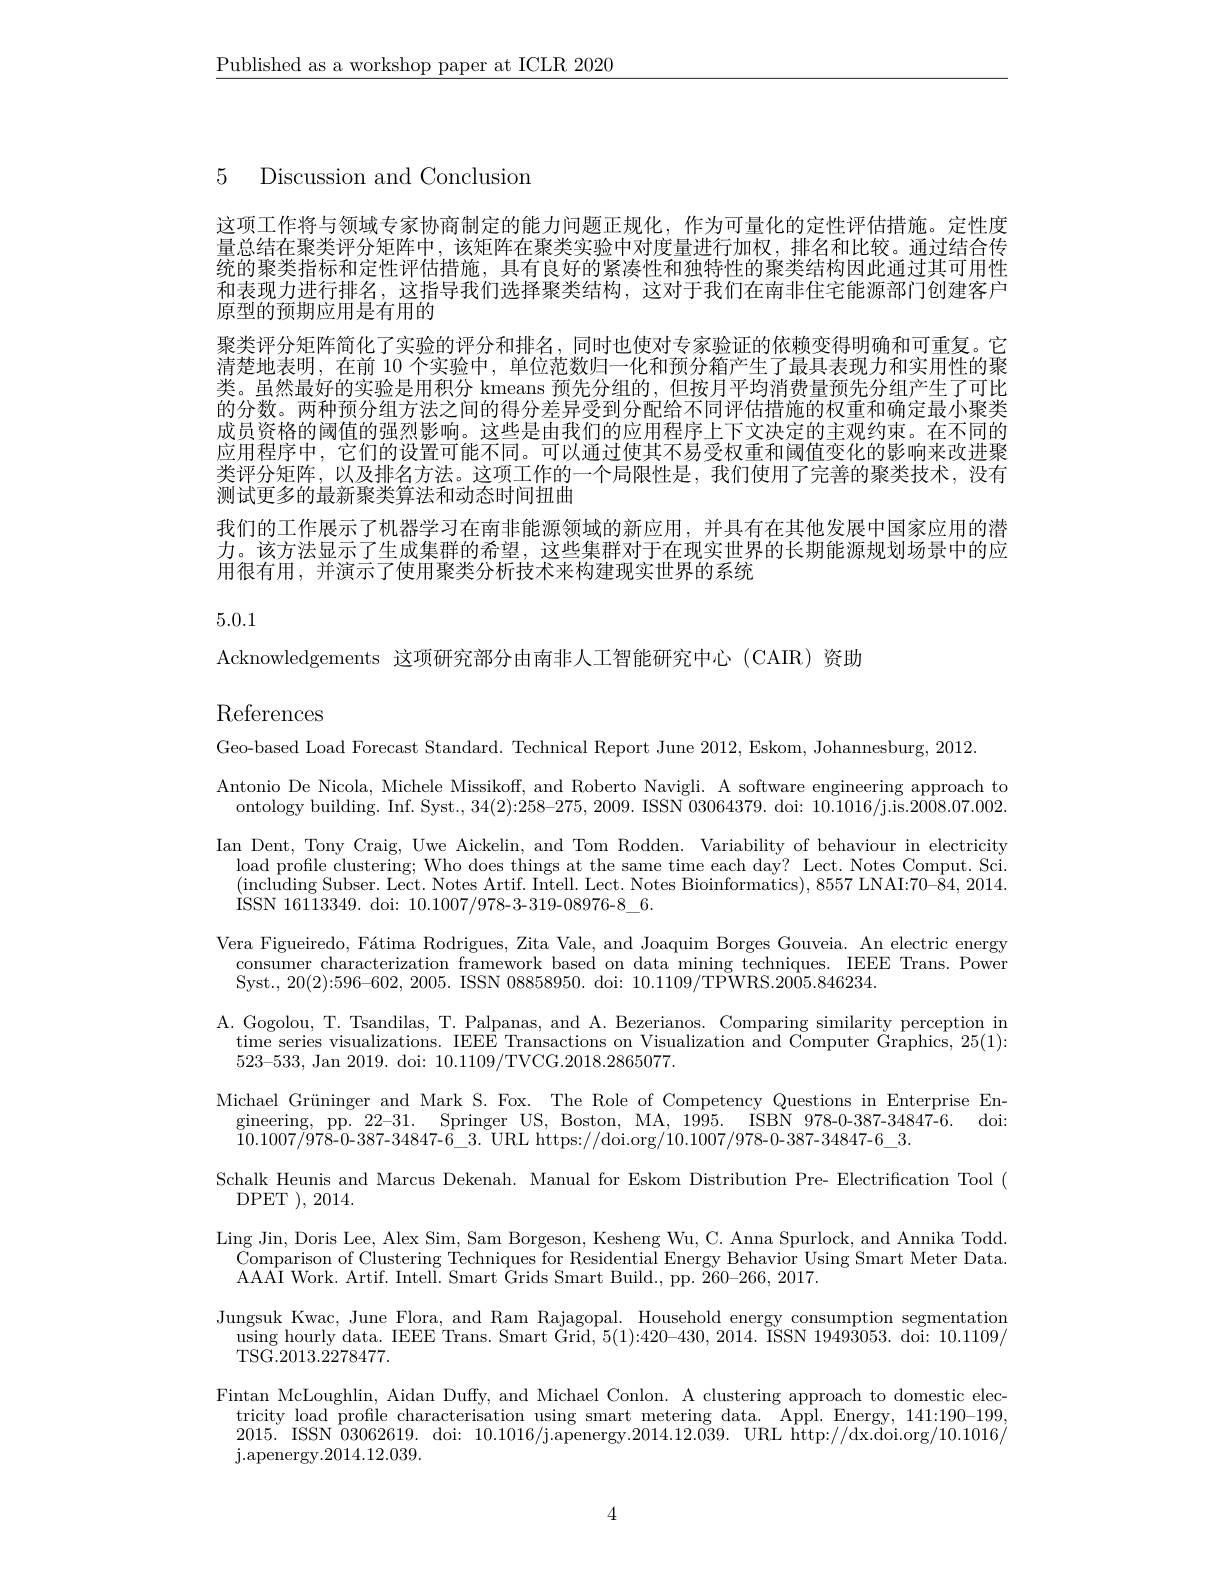
$\underline{\text{Published as a workshop paper at ICLR 2020}}$

5 Discussion and Conclusion

这项工作将与领域专家协商制定的能力问题正规化，作为可量化的定性评估措施。定性度量总结在聚类评分矩阵中，该矩阵在聚类实验中对度量进行加权，排名和比较。通过结合传统的聚类指标和定性评估措施，具有良好的紧凑性和独特性的聚类结构因此通过其可用性和表现力进行排名，这指导我们选择聚类结构，这对于我们在南非住宅能源部门创建客户原型的预期应用是有用的
聚类评分矩阵简化了实验的评分和排名，同时也使对专家验证的依赖变得明确和可重复。它清楚地表明，在前 10 个实验中，单位范数归一化和预分箱产生了最具表现力和实用性的聚类。虽然最好的实验是用积分 kmeans 预先分组的，但按月平均消费量预先分组产生了可比的分数。两种预分组方法之间的得分差异受到分配给不同评估措施的权重和确定最小聚类成员资格的阈值的强烈影响。这些是由我们的应用程序上下文决定的主观约束。在不同的应用程序中，它们的设置可能不同。可以通过使其不易受权重和阈值变化的影响来改进聚类评分矩阵，以及排名方法。这项工作的一个局限性是，我们使用了完善的聚类技术，没有测试更多的最新聚类算法和动态时间扭曲
我们的工作展示了机器学习在南非能源领域的新应用，并具有在其他发展中国家应用的潜力。该方法显示了生成集群的希望，这些集群对于在现实世界的用很有用，并演示了使用聚类分析技术来构建现实世界的系统

5.0.1

Acknowledgements 这项研究部分由南非人工智能研究中心 (CAIR)资助

References

Geo-based Load Forecast Stan
Antonio De Nicola, Michele M ontology building. Inf. Syst
Ian Dent, Tony Craig, Uwe Ai load profile clustering; Who does things at the same time each day? Lect. Notes Comput. Sci. $(\tilde{\text{including Subser. Lect.}}$ ISSN 16113349. doi: 10.1007/
Vera Figueiredo, Fátima Rodr
consumer characterization fr
Syst., 20(2):596-602, 2005.
A. Gogolou, T. Tsandilas, T. time series visualizatio 523-533, Jan 2019. doi: 1
Michael Grüninger and Mark S
gineering, pp. 22-31. Springer US, Boston, MA, 1995. ISBN 978-0-387-34847-6. doi:
$10.1007/978-0-387-34847-6_3$
Schalk Heunis and Marcus Dek
DPET ),2014.
Ling Jin, Doris Lee, Alex Si
Comparison of Clustering Tec
AAAI Work. Artif. IntelI. Sm
Jungsuk Kwac, June Flora, an
using hourly data. IEEE Tran
TSG. 2013. 2278477.
Fintan McLoughlin, Aidan Duf
tricity load profile charact 2015. ISSN $\hat{0}3062619.$ doi: 10.1016/j.apenergy$.2014.12.0\breve{3}9.$ URL http://dx.doi.org/10.1016/ j. apenergy. 2014. 12. 039.

4